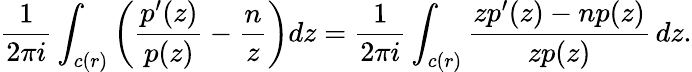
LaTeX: {\frac{1}{2\pi i}}\int_{c(r)}\left({\frac{p^{\prime}(z)}{p(z)}}-{\frac{n}{z}}\right)dz={\frac{1}{2\pi i}}\int_{c(r)}{\frac{zp^{\prime}(z)-np(z)}{zp(z)}}\, dz.